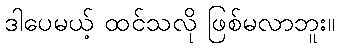
ဒါပေမယ့် ထင်သလို ဖြစ်မလာဘူး။